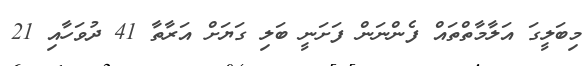
މިބަލީގަ އަލާމާތްތައް ފެންނަން ފަށަނީ ބަލި ގަޔަށް އަރާތާ 41 ދުވަހާއި 21